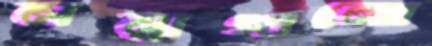
লম্বাগুলো